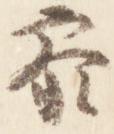
参